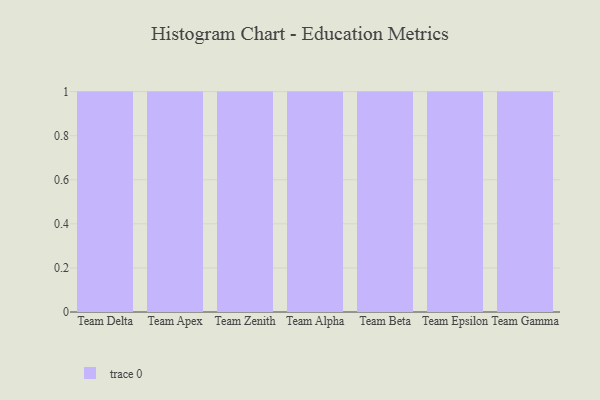
{"axis": {"x": "Team", "y": "Conversion Rate (%)"}, "legend": [""], "data": [{"x": "Team Delta", "y": 69, "type": ""}, {"x": "Team Apex", "y": 44, "type": ""}, {"x": "Team Zenith", "y": 41, "type": ""}, {"x": "Team Alpha", "y": 70, "type": ""}, {"x": "Team Beta", "y": 21, "type": ""}, {"x": "Team Epsilon", "y": 7, "type": ""}, {"x": "Team Gamma", "y": 34, "type": ""}]}